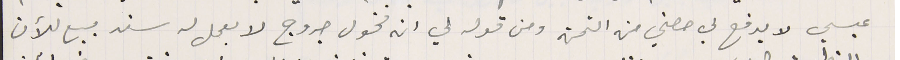
عيسي لا يدفع لي حصتي من الثمن ومن قوله لي ان مخول جروج لا يعمل له سند بيع للآن